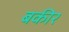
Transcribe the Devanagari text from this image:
बकीर